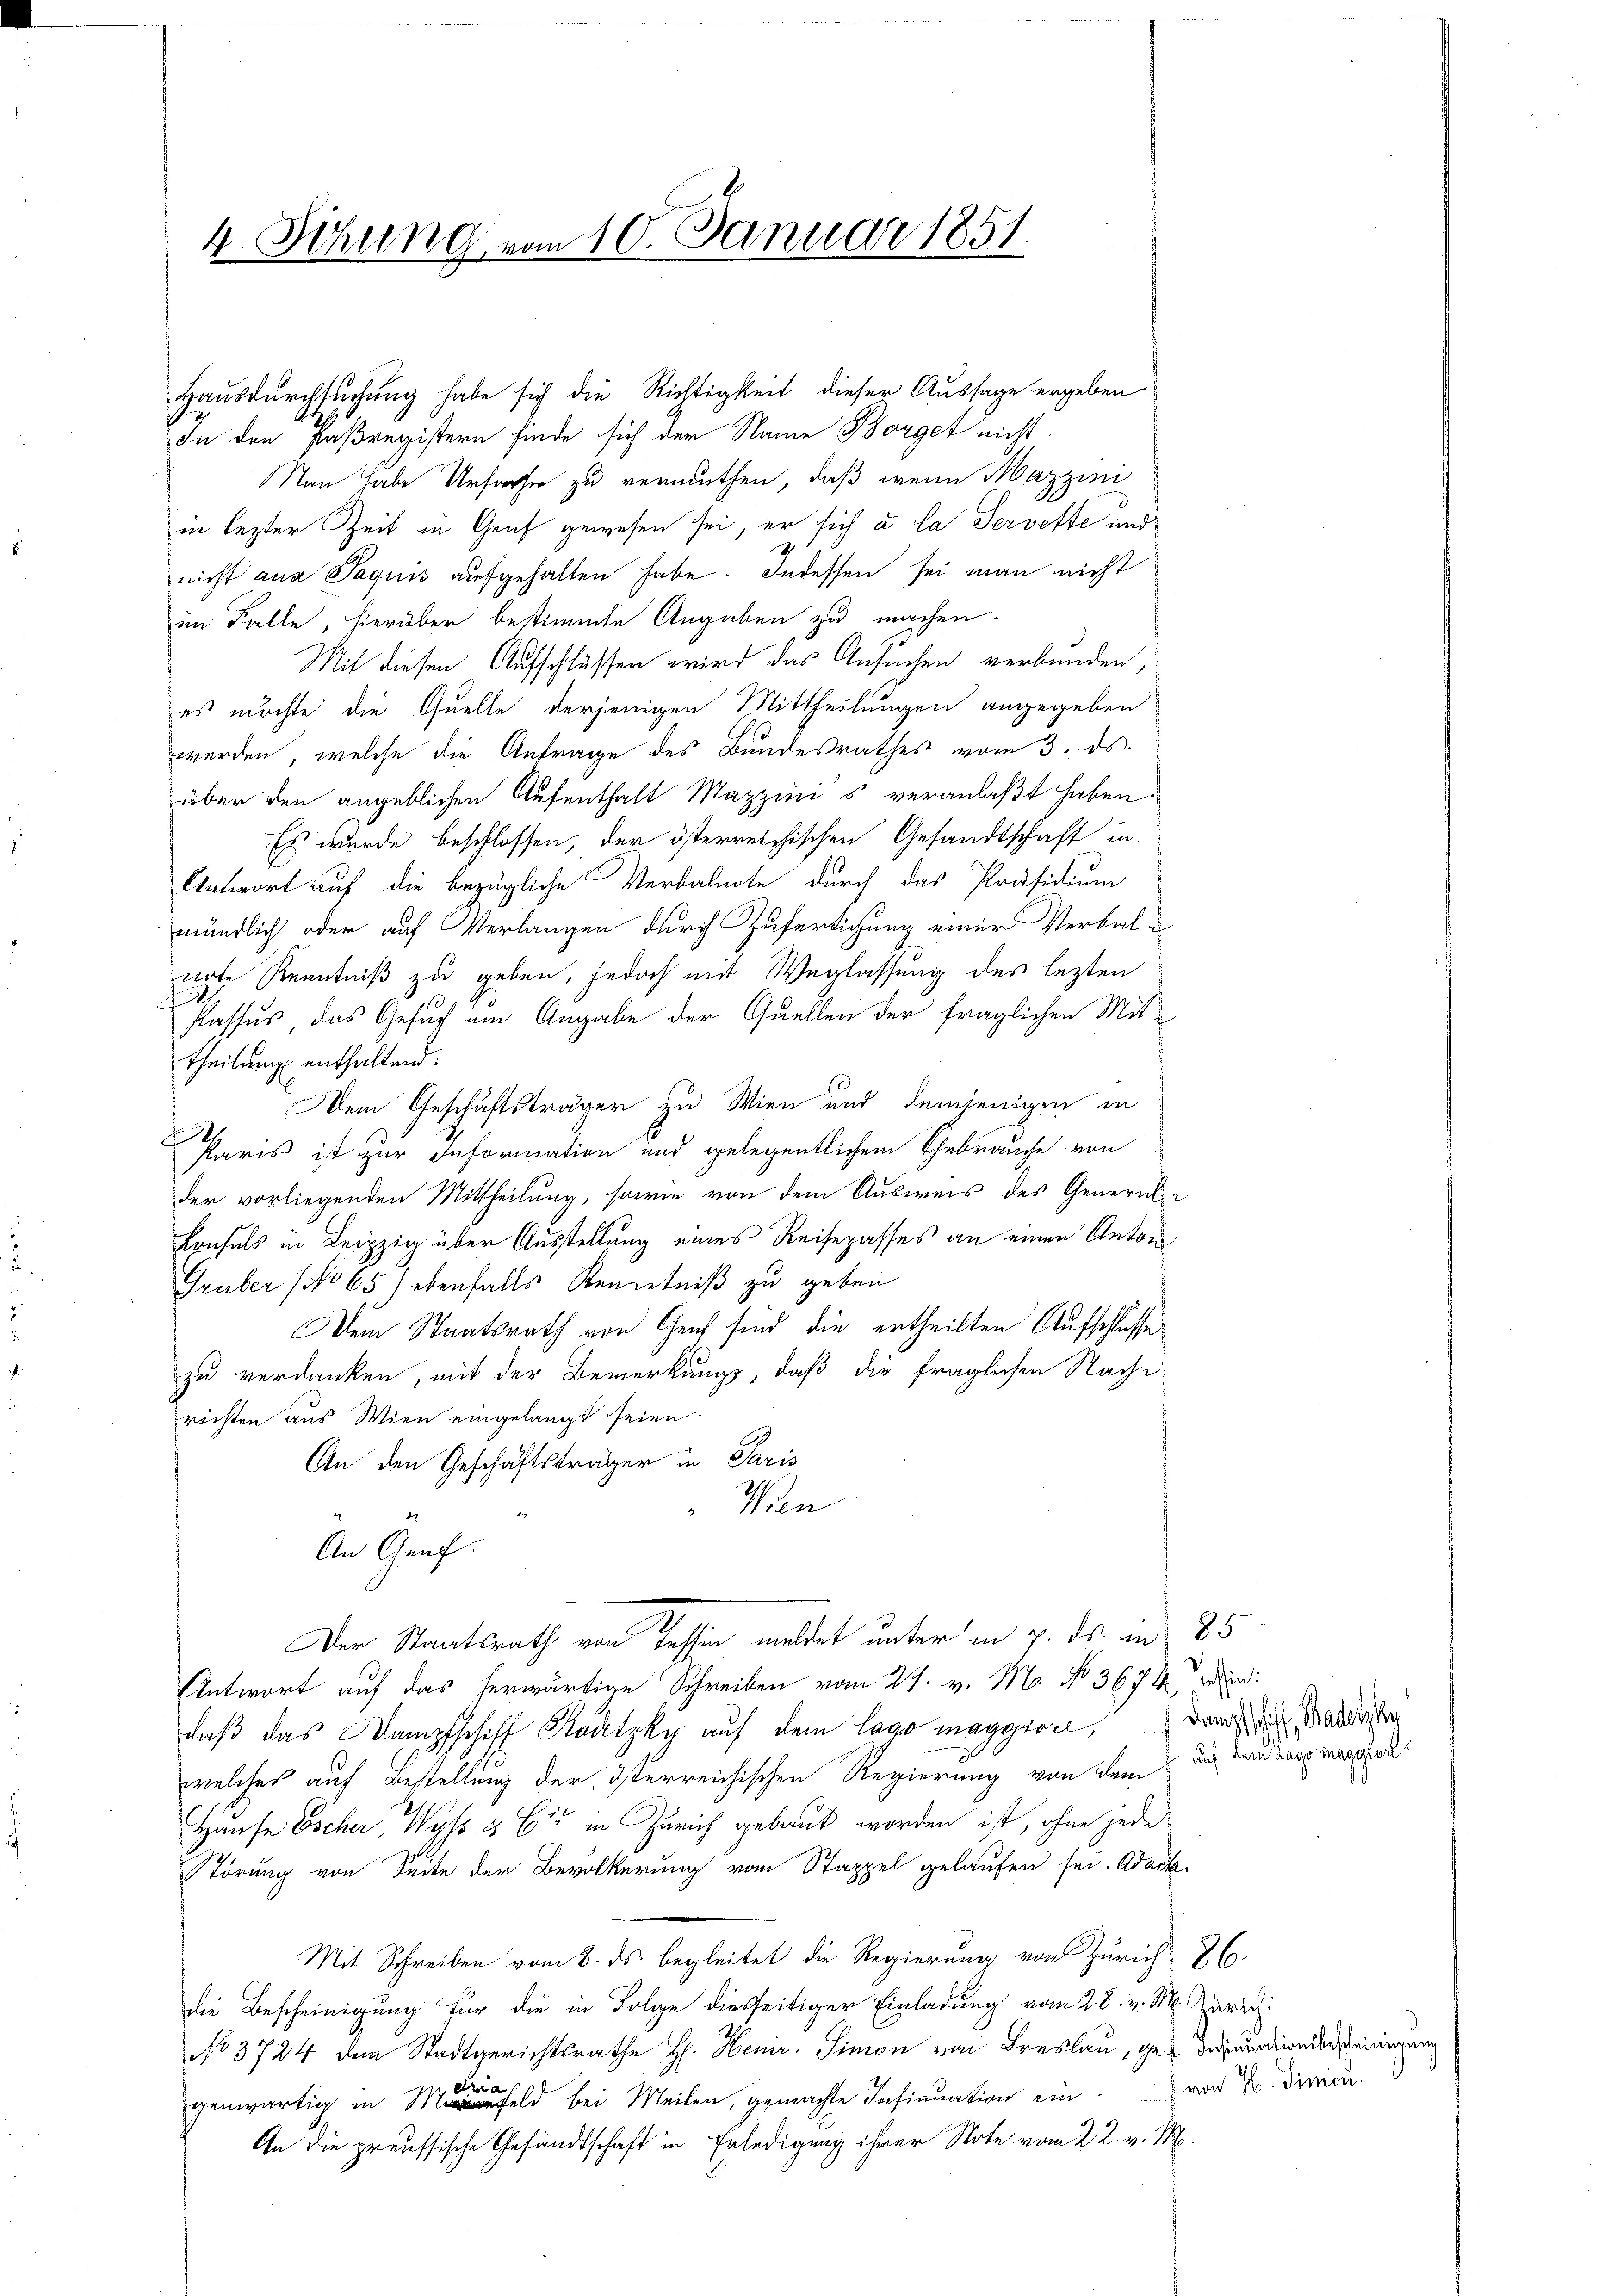
4. Situng vom 10. Januar 1851.

Hausdurchsuchung habe sich die Richtigkeit dieser Aussage ergeben
In den Paßregistern finde sich der Name Borget nicht
Man habe Ursacher zu vermuthen, daß wenn Mazzini
in lezter Zeit in Genf gewesen sei, er sich u. la Servefte und
nicht aus Paquis aufgehalten habe. Indessen sei man nicht
im Falle, hierüber bestimmte Angaben zu machen.
Mit diesen Aufschlüssen wird das Ansuchen verbunden,
es möchte die Quelle derjenigen Mittheilungen angegeben
werden, welche die Antrage des Bundesrathes vom 3. ds.
über den angeblichen Aufenthalt Mazzinis veranlaßt haben.
Es wurde beschlossen, der österreichischen Gesandtschaft in
Antwort auf die bezügliche Verbalnote durch das Präsidium
mündlich oder auf Verlangen durch Zufertigung einer Verbalirte Kenntniß zu geben, jedoch mit Weglassung des lezten

Passus, das Gesuch um Angabe der Quellen der fraglichen Mittheilung enthaltend:
Dem Geschäftsträger zu Wien und demjenigen in
Paris ist zur Information und gelegentlichem Gebrauche von
der vorliegenden Mittheilung, sowie von dem Ausweis des General-
Konsuls in Leipzig über Ausstellung eines Reisepasses an einen Anton
Gruber No 65) ebenfalls Kenntniß zu geben
Dem Staatsrath von Genf sind die ertheilten Aufschlüsse
zu verdanken, mit der Bemerkungs, daß die fraglichen Nache
richten aus Wien eingelangt seien.
An den Geschäftsträger in Paris
Wan
An Genf.
Der Staatsrath von Tessin meldet unter in 7. ds. in 85
Antwort auf das herwärtige Schreiben vom 27. v. M. No 3678 der Ein
daß das Wampfschiff Kadetzky auf dem Lago maggiore, dann die Mander
welches auf Bestellung der österreichischen Regierung von dem und Bau das mo
Hause Escher, Wyß & Cie in Zürich gebaut worden ist, ohne jede
Störung von Seite der Bevölkerung vom Stappel gelaufen sei. Adack
Mit Schreiben vom 8. ds. begleitet die Regierung von Zürich 86.
die Bescheinigung für die in Folge diesseitiger Einladung vom 28. v. M. Geric
No 3724 dem Stadtgerichtsrathe H. Henir. Simon von Breslau, geg dauerdien der seinigung
genwärtig in Mal bei Meilen, gemachte Insinuation ein
An die preussische Gesandtschaft in Erledigung ihrer Note vom 22. v. M.

) von H. Simon